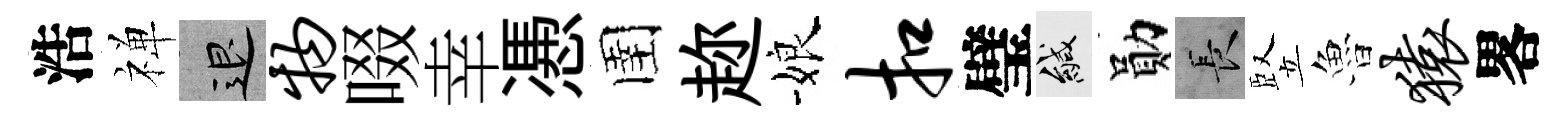
浩禅退物啜幸慿圉趂娘扣璧緘勛长竪魯猿畧